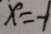
x = - 1